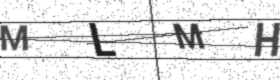
Text: MLMH